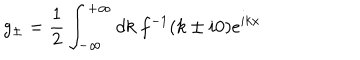
g _ { \pm } = \frac { 1 } { 2 } \int _ { - \infty } ^ { + \infty } d k ~ f ^ { - 1 } ( k \pm i 0 ) e ^ { i k x }